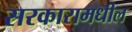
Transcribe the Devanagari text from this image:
सरकारामधील